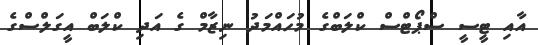
އާއި ޓީސީ ސްޕޯޓްސް ކްލަބްގެ މުހައްމަދު ނިޒާމް ގެ އަދި ކްލަބް އީގަލްސްގެ